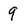
Character: 9